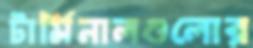
টার্মিনালগুলোর